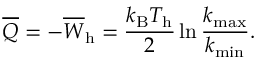
\overline { { Q } } = - \overline { { W } } _ { \mathrm { h } } = \frac { k _ { \mathrm { B } } T _ { \mathrm { h } } } { 2 } \ln \frac { k _ { \mathrm { m a x } } } { k _ { \mathrm { m i n } } } .